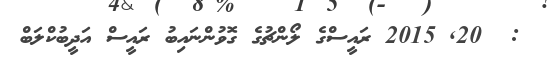
:  20